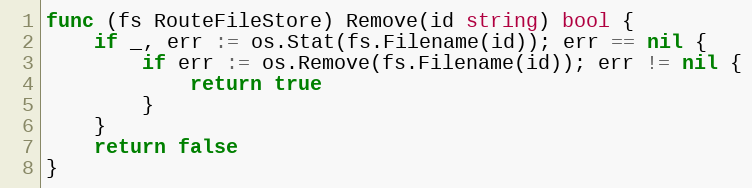
Language: Go
func (fs RouteFileStore) Remove(id string) bool {
	if _, err := os.Stat(fs.Filename(id)); err == nil {
		if err := os.Remove(fs.Filename(id)); err != nil {
			return true
		}
	}
	return false
}